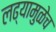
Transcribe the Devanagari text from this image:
लढ्यामुळेच